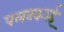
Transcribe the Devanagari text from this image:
पलक्करई